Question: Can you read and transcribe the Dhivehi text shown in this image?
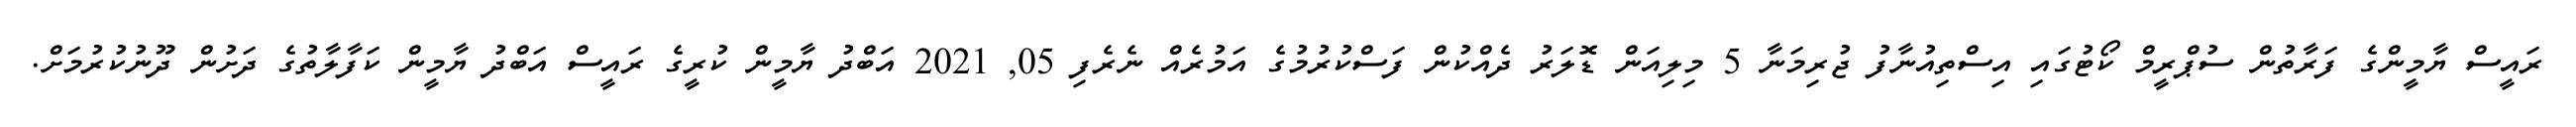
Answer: ރައީސް ޔާމީންގެ ފަރާތުން ސުޕްރީމް ކޯޓުގައި އިސްތިއުނާފު ޖުރިމަނާ 5 މިލިއަން ޑޮލަރު ދެއްކުން ފަސްކުރުމުގެ އަމުރެއް ނެރެފި 05, 2021 އަބްދު ޔާމީން ކުރީގެ ރައީސް އަބްދު ޔާމީން ކަފާލާތުގެ ދަށުން ދޫނުކުރުމަށް.